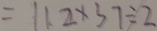
= 1 1 2 \times 3 7 \div 2